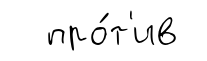
про́т'ив